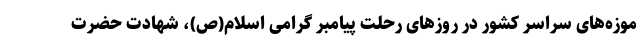
موزه‌های سراسر کشور در روزهای رحلت پیامبر گرامی اسلام(ص)، شهادت حضرت